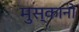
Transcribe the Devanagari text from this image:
मुस्कानों